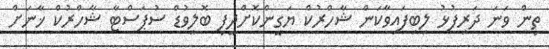
ތިން ވަނަ ދަރިފުޅު ލިބިފައިވާކަން ޝާހްރުކް ޔަގީންކޮށްދީފި ބޮލީވުޑް ސުޕަސްޓާ ޝާހްރުކް ޚާނަށް